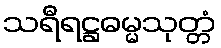
သရီရဋ္ဌဓမ္မသုတ္တံ